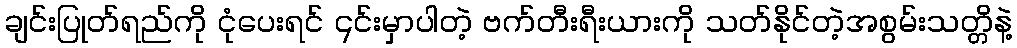
ချင်းပြုတ်ရည်ကို ငုံပေးရင် ၎င်းမှာပါတဲ့ ဗက်တီးရီးယားကို သတ်နိုင်တဲ့အစွမ်းသတ္တိနဲ့